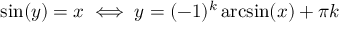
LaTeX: \sin ( y ) = x \iff y = ( - 1 ) ^ { k } \arcsin ( x ) + \pi k